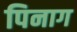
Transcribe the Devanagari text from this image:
पिनाग